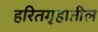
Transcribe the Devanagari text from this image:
हरितगृहातील